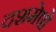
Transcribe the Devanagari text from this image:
दशमेषो